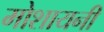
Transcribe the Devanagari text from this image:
मोशायनी